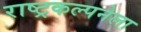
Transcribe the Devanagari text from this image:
राष्ट्रकल्पनेला